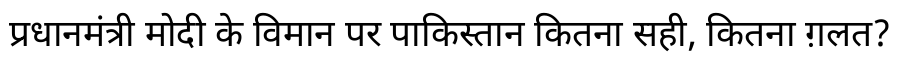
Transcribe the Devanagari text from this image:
प्रधानमंत्री मोदी के विमान पर पाकिस्तान कितना सही, कितना ग़लत?